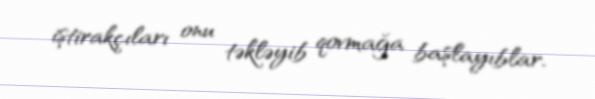
iştirakçıları onu təkləyib qovmağa başlayıblar.